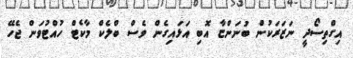
އިގްތިސޯދީ ނަޒަރަކުން ބުނަންޏާ އޮބި އަޅައިގެން ވެސް ބްލެކް މާކެޓް ހުއްޓުވަން ޖެހޭ